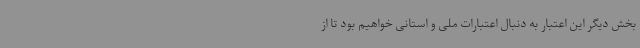
بخش دیگر این اعتبار به دنبال اعتبارات ملی و استانی خواهیم بود تا از